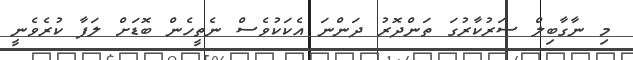
މި ނާގާބިލް ސަރުކާރުގަ ތަންދޮރު ދަންނަ އެކަކުވެސް ނެތީހެން ބޮޑަށް ލަފާ ކުރެވެނީ